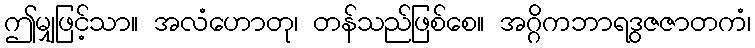
ဤမျှဖြင့်သာ။ အလံဟောတု၊ တန်သည်ဖြစ်စေ။ အဂ္ဂိကဘာရဒွဇဇာတကံ၊